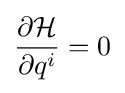
{\frac {\partial {\mathcal {H}}}{\partial q^{i}}}=0